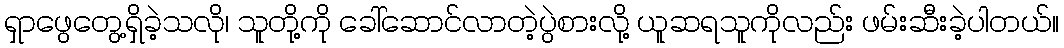
ရှာဖွေတွေ့ရှိခဲ့သလို၊ သူတို့ကို ခေါ်ဆောင်လာတဲ့ပွဲစားလို့ ယူဆရသူကိုလည်း ဖမ်းဆီးခဲ့ပါတယ်။